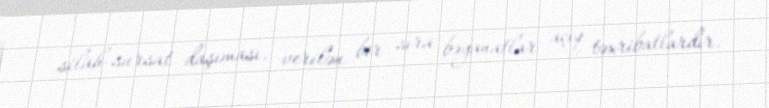
silah-sursat daşıması, verilən bir sıra bəyanatlar açıq təxribatlardır.